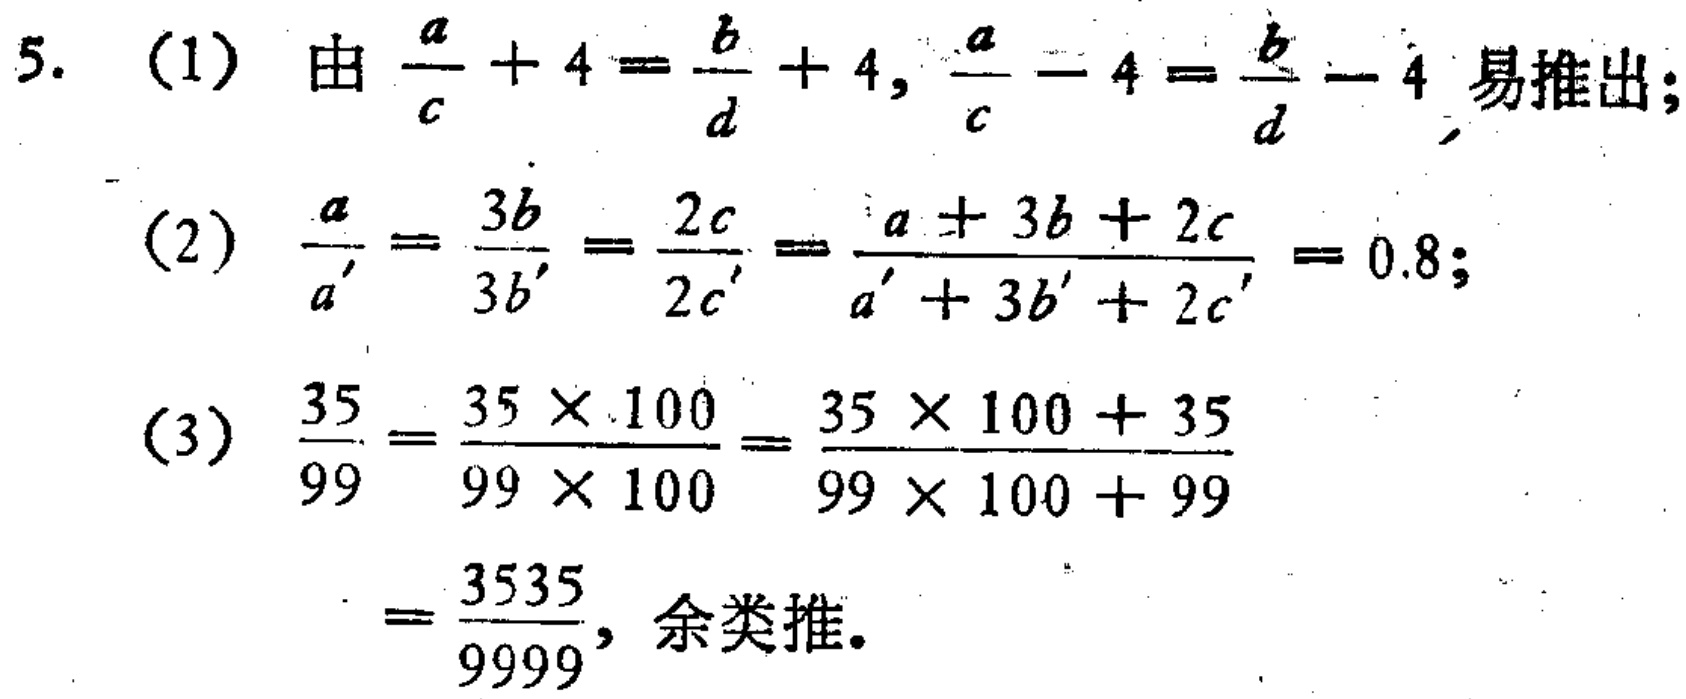
\[

\begin{align*}

&5.\ (1)\ 由\frac{a}{c}+4 = \frac{b}{d}+4,\frac{a}{c}-4=\frac{b}{d}-4\ 易推出;\\

&(2)\ \frac{a}{a'}=\frac{3b}{3b'}=\frac{2c}{2c'}=\frac{a + 3b + 2c}{a'+3b'+2c'}=0.8;\\

&(3)\ \frac{35}{99}=\frac{35\times100}{99\times100}=\frac{35\times100 + 35}{99\times100+99}\\

&\ \ \ \ \ \ =\frac{3535}{9999},\ 余类推.

\end{align*}

\]